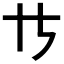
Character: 𪜀